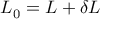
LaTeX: { \cal L } _ { 0 } = { \cal L } + \delta { \cal L }